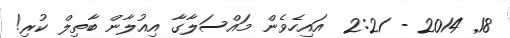
18